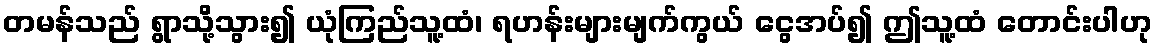
တမန်သည် ရွာသို့သွား၍ ယုံကြည်သူ့ထံ၊ ရဟန်းများမျက်ကွယ် ငွေအပ်၍ ဤသူ့ထံ တောင်းပါဟု